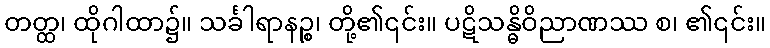
တတ္ထ၊ ထိုဂါထာ၌။ သင်္ခါရာနဉ္စ၊ တို့၏၎င်း။ ပဋိသန္ဓိဝိညာဏဿ စ၊ ၏၎င်း။